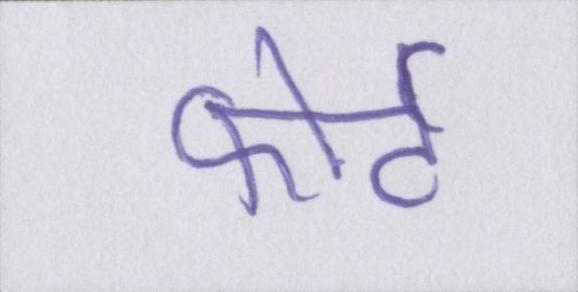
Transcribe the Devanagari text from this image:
फोर्ट